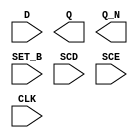
module sky130_fd_sc_ls__sdfsbp (
    //# {{data|Data Signals}}
    input  D    ,
    output Q    ,
    output Q_N  ,

    //# {{control|Control Signals}}
    input  SET_B,

    //# {{scanchain|Scan Chain}}
    input  SCD  ,
    input  SCE  ,

    //# {{clocks|Clocking}}
    input  CLK
);

    // Voltage supply signals
    supply1 VPWR;
    supply0 VGND;
    supply1 VPB ;
    supply0 VNB ;

endmodule